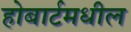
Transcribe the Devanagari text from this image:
होबार्टमधील